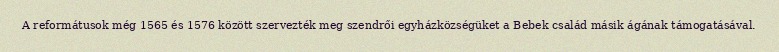
A reformátusok még 1565 és 1576 között szervezték meg szendrői egyházközségüket a Bebek család másik ágának támogatásával.